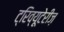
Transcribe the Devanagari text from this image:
ट्रिव्यूटेरीज़